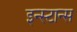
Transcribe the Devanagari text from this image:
इन्स्टान्स